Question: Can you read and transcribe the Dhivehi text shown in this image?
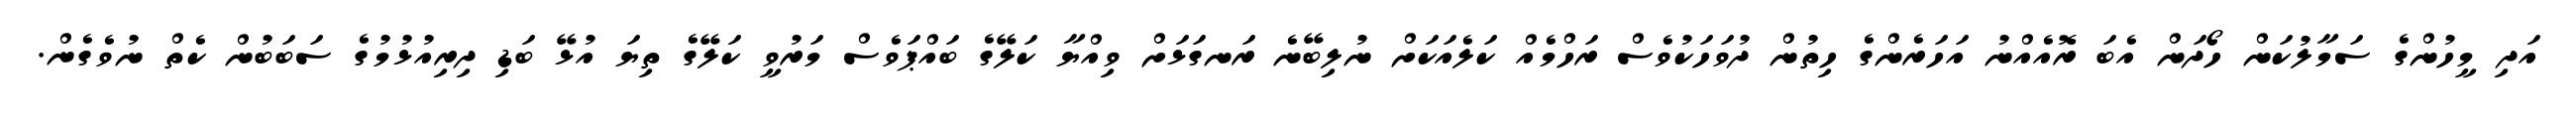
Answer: އަދި މީހުންގެ ސަމާލުކަން ހޯދަން އެބަ ރޮއެއްނު އަހަރެންގެ ހިތުން ދުވަހަކުވެސް ރަހްމެއް ކަލެއަކަށް ނުލިބޭނެ ރަނގަޅަށް ވިއްޔާ ކަލޭގެ ބައްޕަވެސް މަރުވީ ކަލޭގެ ތިޔަ އުޅޭ ބަޑި ދިރިއުޅުމުގެ ސަބަބުން ކެތް ނުވެގެން.